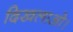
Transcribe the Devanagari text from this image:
दिखलाओ।